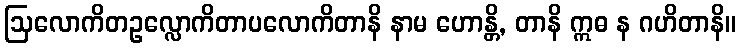
ဩလောကိတဥလ္လောကိတာပလောကိတာနိ နာမ ဟောန္တိ, တာနိ ဣဓ န ဂဟိတာနိ။